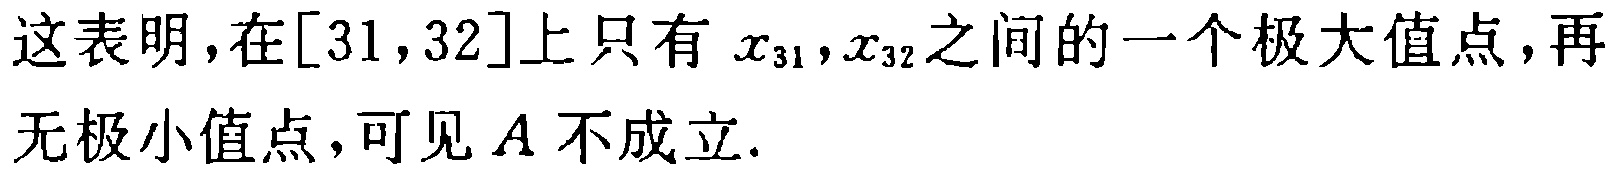
这表明,在$[31,32]$上只有$x_{31},x_{32}$之间的一个极大值点,再无极小值点,可见$A$不成立.